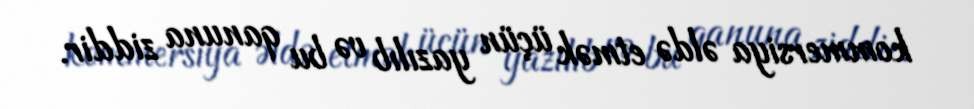
kommersiya əldə etmək üçün yazılıb və bu qanuna ziddir.